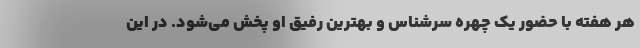
هر هفته با حضور یک چهره سرشناس و بهترین رفیق او پخش می‌شود. در این